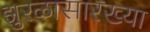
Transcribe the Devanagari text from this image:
झुरळासारख्या